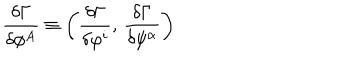
\frac { \delta \Gamma } { \delta \phi ^ { A } } \equiv \bigg ( \frac { \delta \Gamma } { \delta \varphi ^ { i } } , \, \frac { \delta \Gamma } { \delta \psi ^ { \alpha } } \bigg )